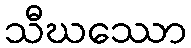
သီဃဿော